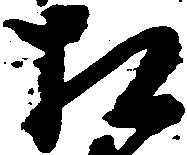
相